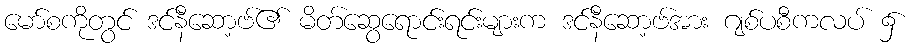
မော်စကိုတွင် ဒင်နီဆော့ဗ်၏ မိတ်ဆွေရောင်းရင်းများက ဒင်နီဆော့ဗ်အား ဂျစ်ပစီကလပ် ၌